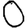
Digit: 0